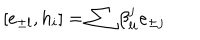
LaTeX: [ e _ { \pm l } , h _ { i } ] = \sum \beta _ { l i } ^ { j } e _ { \pm j }